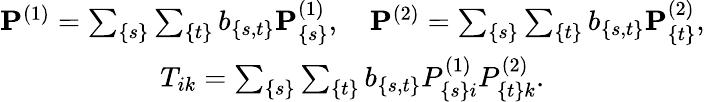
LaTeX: \begin{array}{c}{{{\mathbf P}^{(1)}=\sum_{\{ s\} }\sum_{\{ t\} }b_{\{ s,t\} }{\mathbf P}_{\{ s\} }^{(1)},\quad{\mathbf P}^{(2)}=\sum_{\{ s\} }\sum_{\{ t\} }b_{\{ s,t\} }{\mathbf P}_{\{ t\} }^{(2)},}}\\ {{T_{ik}=\sum_{\{ s\} }\sum_{\{ t\} }b_{\{ s,t\} }P_{\{ s\} i}^{(1)}P_{\{ t\} k}^{(2)}.}}\end{array}